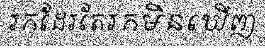
រកដែរតែរកមិនឃើញ